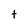
Character: t